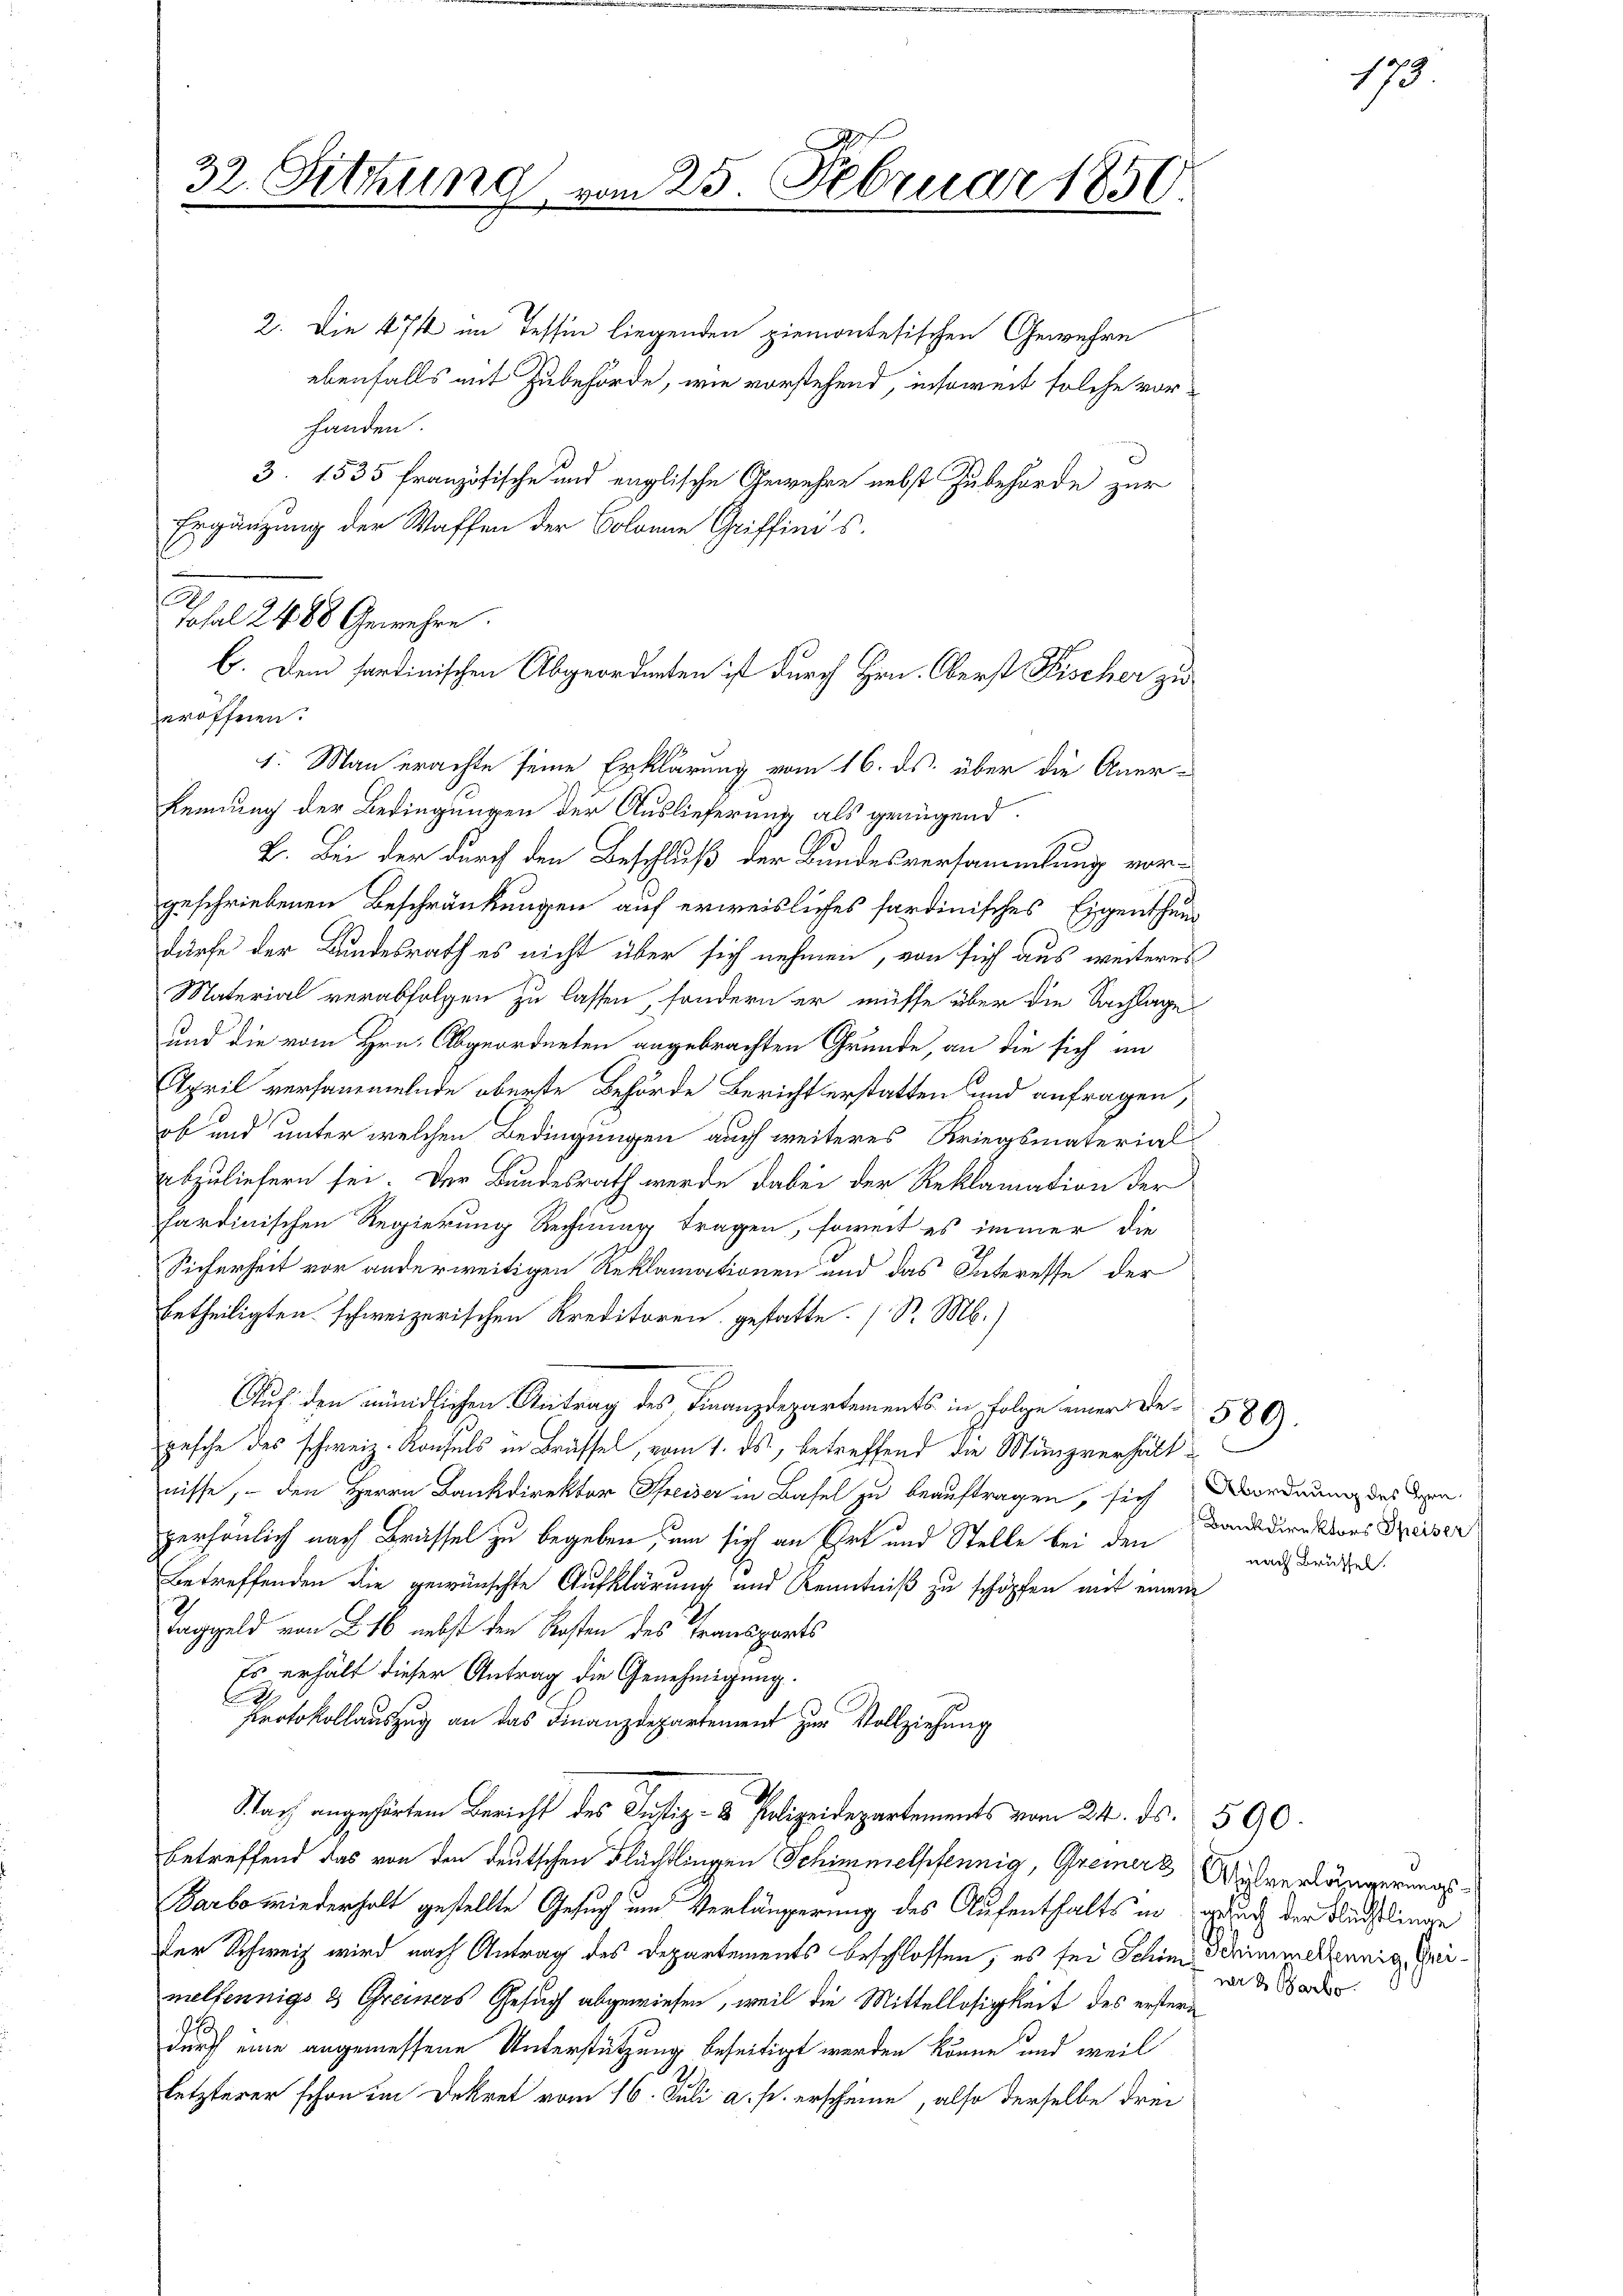
Sitzung

2. Die 474 im Tessin liegenden ziemontesischen Gewehre
ebenfalls mit Zubehörde, wie vorstehend, insoweit solche vorhanden.
3. 1535 französische und englische Gewehre nebst Zubehörde zur
Ergänzung der Waffen der Solonne Griffini's.
eröffnen.
1. Man erachte seine Erklärung vom 16. ds. über die Anerkennung der Bedingungen der Auslieferung als genügend
B. Bei der durch den Beschluß der Bundesversammlung vorgeschriebenen Beschränkungen auf erweisliches fardinisches Eigenthum
dürfe der Bundesrath es nicht über sich nehmen, von sich aus weiteres
Material verabfolgen zu lassen, sondern er müsse über die Sachlage
und die vom Hrn. Abgeordneten angebrachten Grunde, an die sich an
April versammelnde oberste Behörde Bericht erstatten und anfragen,
ob und unter welchen Bedingungen auch weiteres Kriegsmaterial
abzuliefern sei. Der Bundesrath werde dabei der Reklamation der
sardinischen Regierung Rechnung tragen, soweit es immer die
Sicherheit vor anderweitigen Reklamationen und das Interesse der
betheiligten schweizerischen Kreditoren gestatte. (S. M.)
Auf den mündlichen Antrag des Finanzdepartements in Folge einer De-580).
gesche des schweiz. Konsuls in Brüssel, vom 1. ds., betreffend die Münzverhältnisse, den Herrn Bankdirektor Preiser in Basel zu beauftragen, sich ordnung des den
persönlich nach Brüssel zu begeben, um sich an Ort und Stelle bei den
Betreffenden die gewünschte Aufklärung und Kenntniß zu schöpfen mit einem
Taggeld von 216 nebst den Kosten des Transports
Es erhält dieser Antrag die Genehmigung.
.
Protokollauszug an das Finanzdepartement zur Vollziehung
Stach angehörtem Bericht des Justiz- & Polizeidepartements vom 24. ds. 590.
betreffend das von den deutschen Flüchtlingen Schimmelpfennig, Gremerz Wilverlängerungs¬
Barbo wiederhalt gestellte Gesuch und Verlängerung des Aufenthalts in gesuch der Rechtlinge
der Schweiz wird nach Antrag des Departements beschlossen, es sei Schim Schimmellennig Freimelfennigs 2 Greiners Gesuch abgewiesen, weil die Mittellosigkeit des erstern
durch eine angemessene Unterstützung beseitigt werden könne, und weil
letzterer schon im Dekret vom 16. Juli a. p. erscheine, also derselbe drei

Tosal 2488 Genehme.
b. Dem fordinischen Abgeordneten ist durch Hrn. Oberst Fischer zu

m 25. Februar 1850.

Bankdirektors Speiser
nach Brüssel.

175

ner 2 Garbe